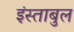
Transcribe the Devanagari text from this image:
इंस्ताबुल